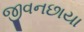
જીવનછાયા